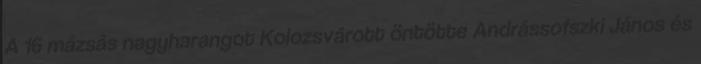
A 16 mázsás nagyharangot Kolozsvárott öntötte Andrássofszki János és